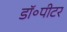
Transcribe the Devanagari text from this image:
डॉ॰पीटर